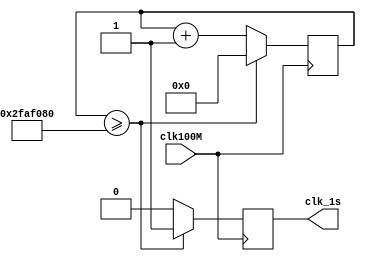
`timescale 1ns / 1ps
//////////////////////////////////////////////////////////////////////////////////
// Company: 
// Engineer: 
// 
// Design Name: 
// Module Name: Time
// Project Name: 
// Target Devices: 
// Tool Versions: 
// Description: 
// 
// Dependencies: 
// 
// Revision:
// Revision 0.01 - File Created
// Additional Comments:
// 
//////////////////////////////////////////////////////////////////////////////////

// A Pulse every 500ms
module TIME(
	input clk100M,
	output reg clk_1s
);

    reg[31:0] cnt;
    parameter cnt1s = 'd50_000_000;
    
    always@(posedge clk100M)
    begin
        if(cnt>=cnt1s)
            cnt<=0;
        else
            cnt<=cnt+1;
    end
    
    
    always@(posedge clk100M)
    begin
        if(cnt>=cnt1s)
            clk_1s<=1;
        else
            clk_1s<=0;
    end

endmodule